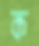
ক